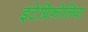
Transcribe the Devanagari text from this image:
इंटेग्रिफ़ोलिया